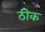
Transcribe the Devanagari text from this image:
ठीेक